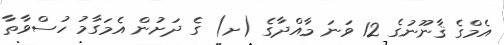
އެމްގެ ޤާނޫނުގެ 12 ވަނަ މާއްދާގެ (ށ) ގެ ދަށުން އެމަގާމު ހުސްވާތާ